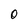
Character: 0